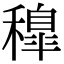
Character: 𥢐